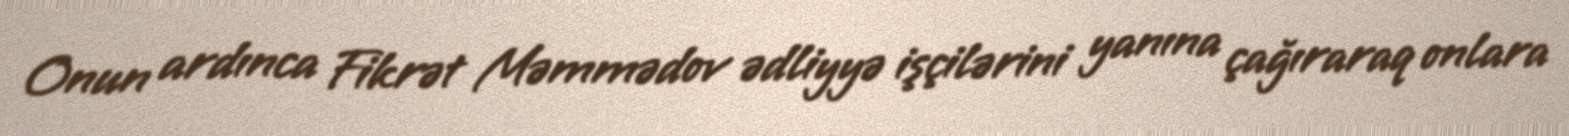
Onun ardınca Fikrət Məmmədov ədliyyə işçilərini yanına çağıraraq onlara